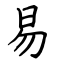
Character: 易